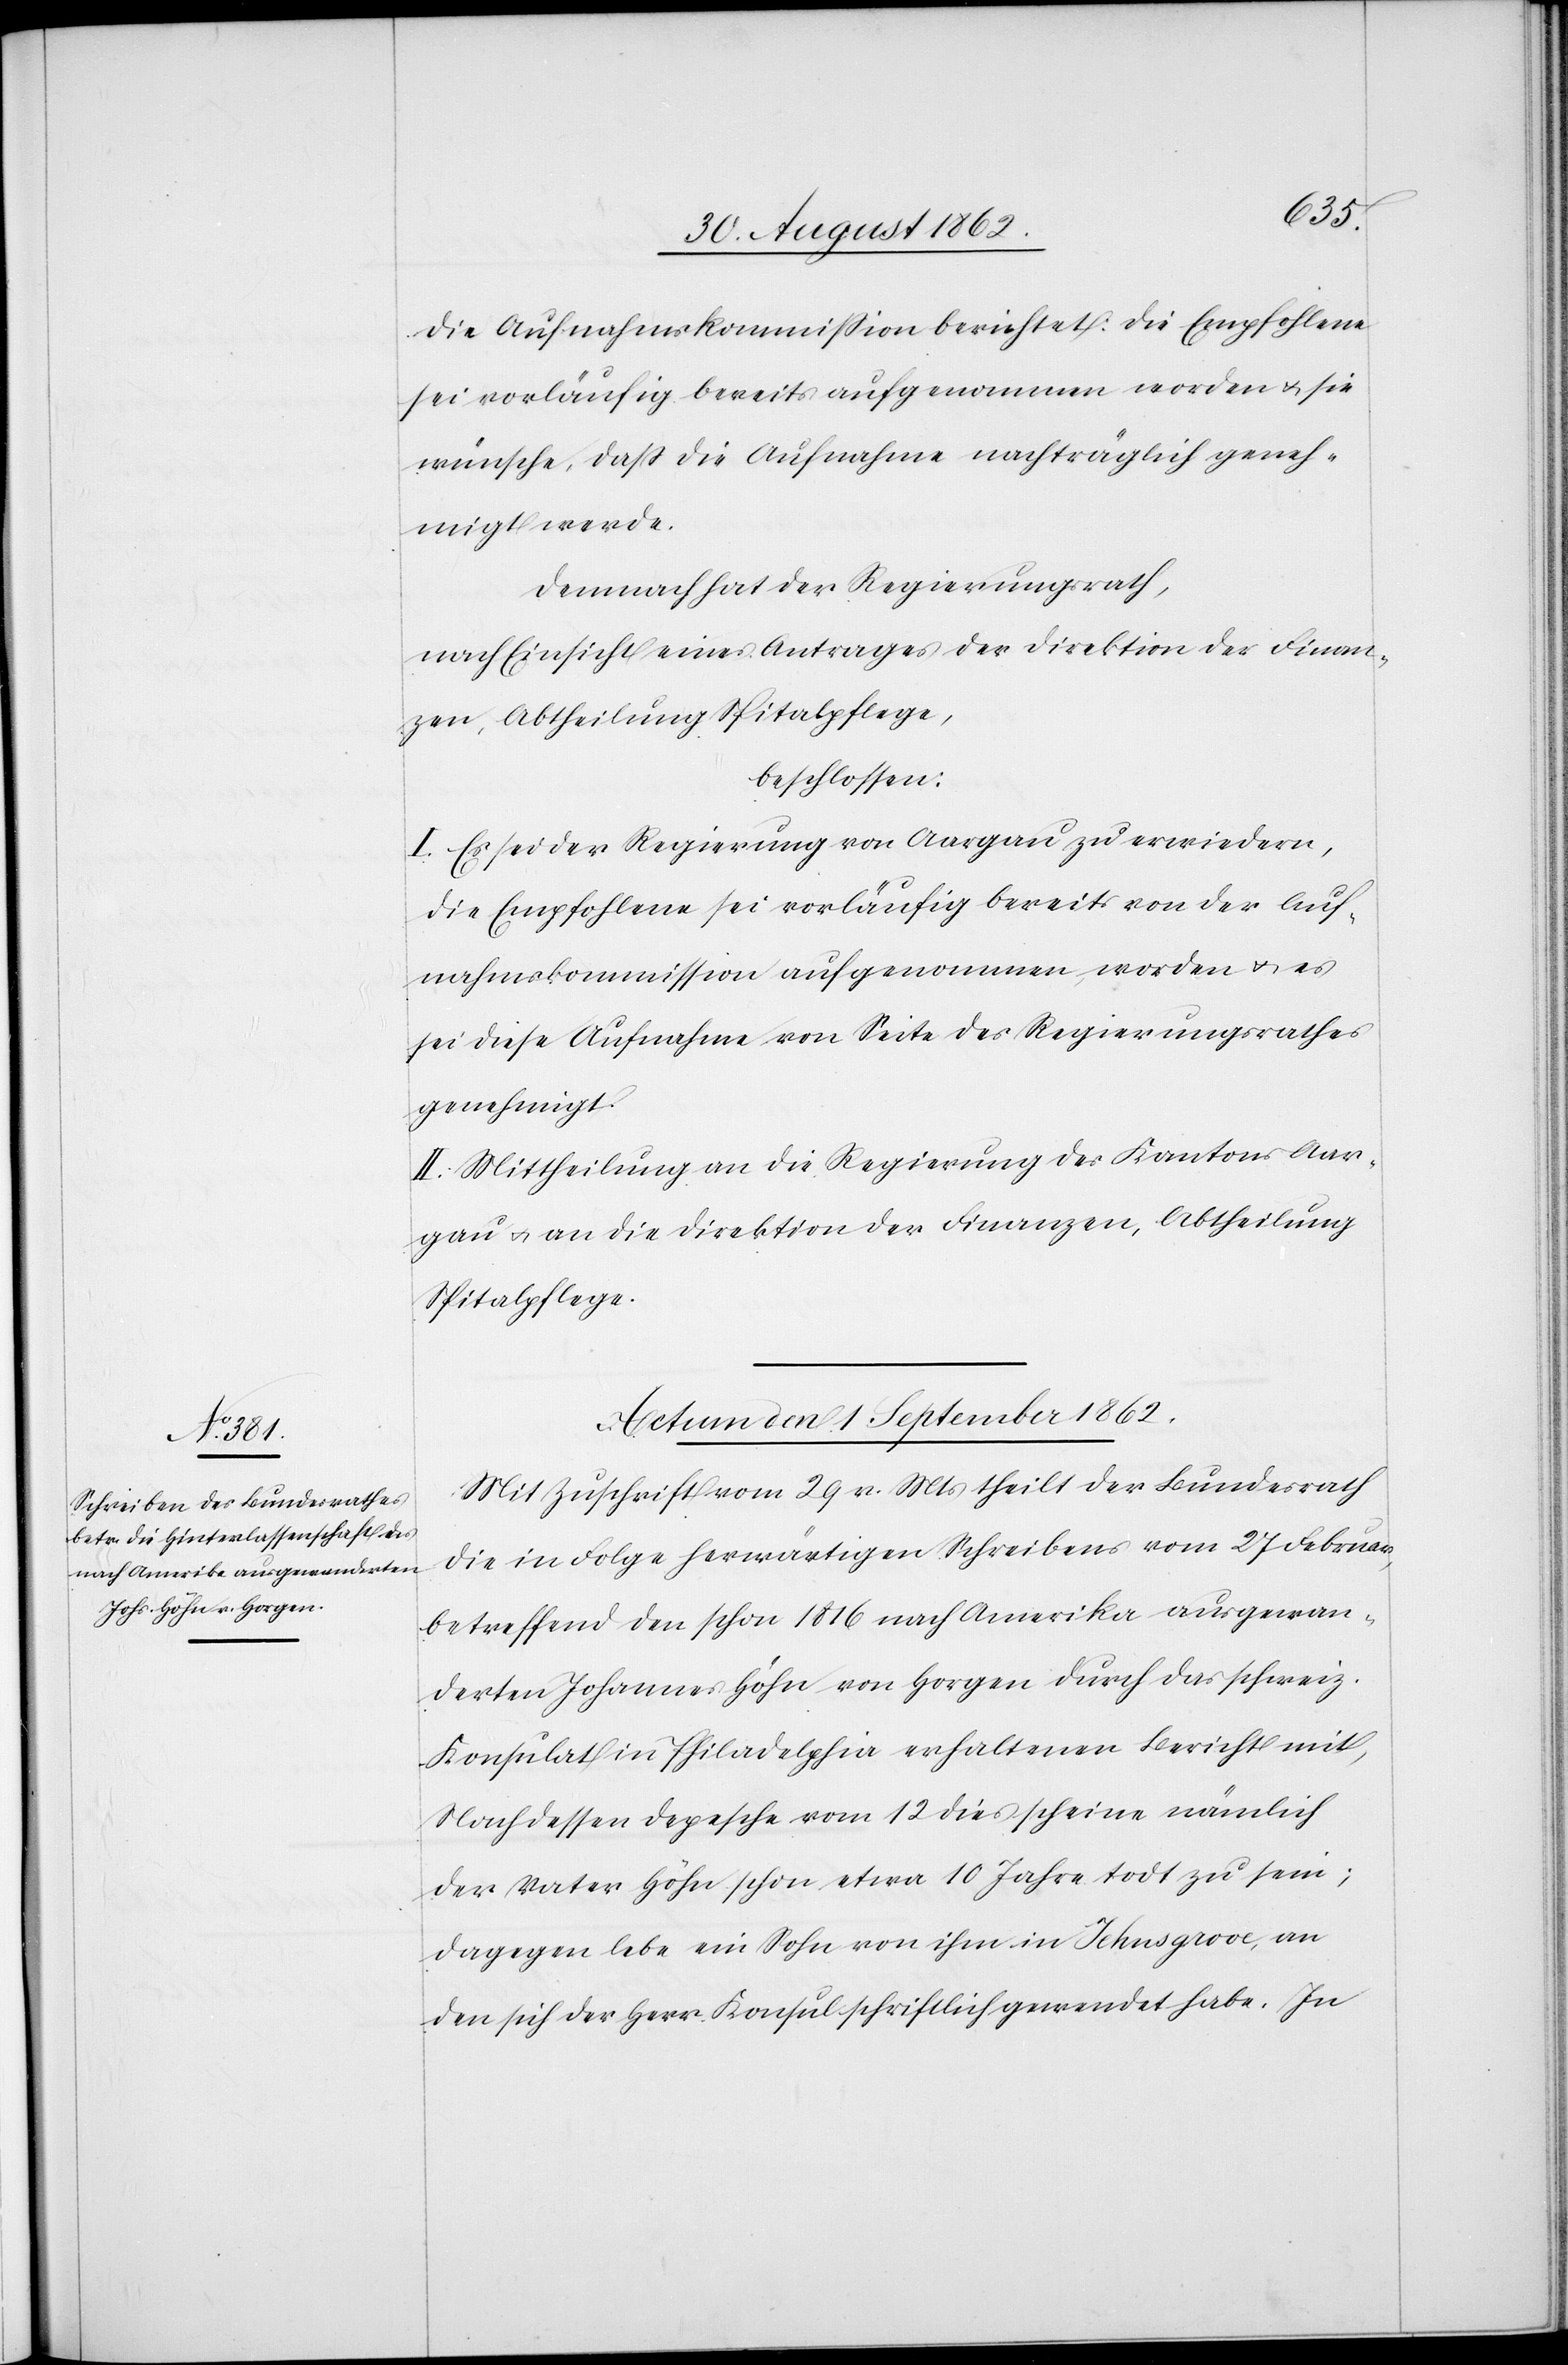
Die Aufnahmskommission berichtet: Die Empfohlene
sei vorläufig bereits aufgenommen worden u. sie
wünsche, daß die Aufnahme nachträglich geneh¬
migt werde.
Demnach hat der Regierungsrath,
nach Einsicht eines Antrages der Direktion der Finan¬
zen, Abtheilung Spitalpflege,
beschlossen:
I. Es sei der Regierung von Aargau zu erwiedern,
die Empfohlene sei vorläufig bereits von der Auf¬
nahmskommission aufgenommen worden u. es
sei diese Aufnahme von Seite des Regierungsrathes
genehmigt.
II. Mittheilung an die Regierung des Kantons Aar¬
gau u. an die Direktion der Finanzen, Abtheilung
Spitalpflege.
Actum den 1. September 1862.
Mit Zuschrift vom 29. v. Mts. theilt der Bundesrath
die in Folge herwärtigen Schreibens vom 27. Februar,
betreffend den schon 1816 nach Amerika ausgewan¬
derten Johannes Höhn von Horgen durch das schweiz.
Konsulat in Philadelphia erhaltene Bericht mit;
Nach dessen Depesche vom 12. dies scheine nämlich
der Vater Höhn schon etwa 10 Jahre todt zu sein;
dagegen lebe ein Sohn von ihm in Johnsgrove, an
den sich der Herr Konsul schriftlich gewendet habe. In